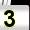
Digit: 3